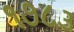
૧૭૮૩